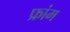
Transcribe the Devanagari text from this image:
फ्रांम